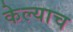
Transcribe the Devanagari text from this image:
केल्याच